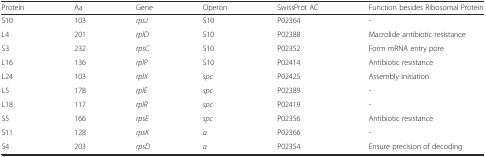
<table><thead><tr><td><b>Protein</b></td><td><b>Aa</b></td><td><b>Gene</b></td><td><b>Operon</b></td><td><b>SwissProt AC</b></td><td><b>Function besides Ribosomal Protein</b></td></tr></thead><tbody><tr><td>S10</td><td>103</td><td><i>rpsJ</i></td><td>S10</td><td>P02364</td><td>-</td></tr><tr><td>L4</td><td>201</td><td><i>rplD</i></td><td>S10</td><td>P02388</td><td>Macrolide antibiotic resistance</td></tr><tr><td>S3</td><td>232</td><td><i>rpsC</i></td><td>S10</td><td>P02352</td><td>Form mRNA entry pore</td></tr><tr><td>L16</td><td>136</td><td><i>rplP</i></td><td>S10</td><td>P02414</td><td>Antibiotic resistance</td></tr><tr><td>L24</td><td>103</td><td><i>rplX</i></td><td><i>spc</i></td><td>P02425</td><td>Assembly initiation</td></tr><tr><td>L5</td><td>178</td><td><i>rplE</i></td><td><i>spc</i></td><td>P02389</td><td>-</td></tr><tr><td>L18</td><td>117</td><td><i>rplR</i></td><td><i>spc</i></td><td>P02419</td><td>-</td></tr><tr><td>S5</td><td>166</td><td><i>rpsE</i></td><td><i>spc</i></td><td>P02356</td><td>Antibiotic resistance</td></tr><tr><td>S11</td><td>128</td><td><i>rpsK</i></td><td><i>α</i></td><td>P02366</td><td>-</td></tr><tr><td>S4</td><td>203</td><td><i>rpsD</i></td><td><i>α</i></td><td>P02354</td><td>Ensure precision of decoding</td></tr></tbody></table>